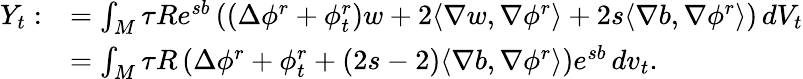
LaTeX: \begin{array}{rl}{Y_{t}:}&{=\int_{M}\tau Re^{sb}\left((\Delta\phi^{r}+\phi_{t}^{r})w+2\langle\nabla w,\nabla\phi^{r}\rangle+2s\langle\nabla b,\nabla\phi^{r}\rangle\right)\, dV_{t}}\\ &{=\int_{M}\tau R\left(\Delta\phi^{r}+\phi_{t}^{r}+(2s-2)\langle\nabla b,\nabla\phi^{r}\rangle\right)e^{sb}\, dv_{t}.}\end{array}